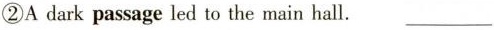
②A dark passage led to the main hall. ___